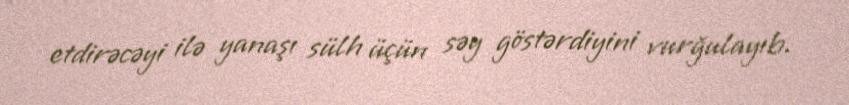
etdirəcəyi ilə yanaşı sülh üçün səy göstərdiyini vurğulayıb.